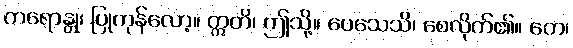
ကရောန္တု၊ ပြုကုန်လော့။ ဣတိ၊ ဤသို့။ ပေသေသိ၊ စေလိုက်၏။ တေ၊